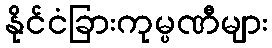
နိုင်ငံခြားကုမ္ပဏီများ